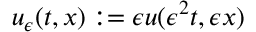
u _ { \epsilon } ( t , x ) : = \epsilon u ( \epsilon ^ { 2 } t , \epsilon x )